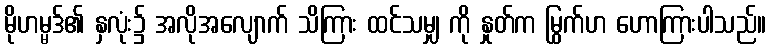
မိုဟမ္မဒ်၏ နှလုံး၌ အလိုအလျောက် သိကြား ထင်သမျှ ကို နှုတ်က မြွက်ဟ ဟောကြားပါသည်။